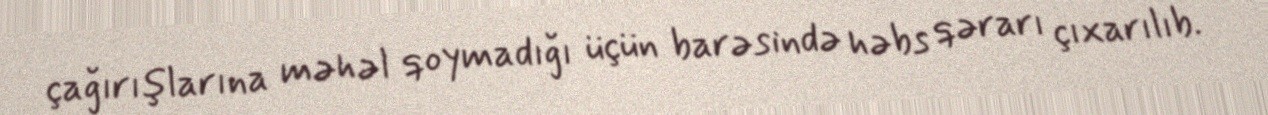
çağırışlarına məhəl qoymadığı üçün barəsində həbs qərarı çıxarılıb.